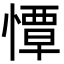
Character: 憛